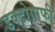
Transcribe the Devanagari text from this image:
डक्टोग्राफी